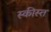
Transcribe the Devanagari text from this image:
स्कीस्त